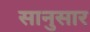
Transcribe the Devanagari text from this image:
सानुसार